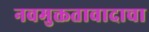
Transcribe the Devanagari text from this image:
नवमुक्ततावादाचा